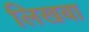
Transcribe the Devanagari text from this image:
लिखबा